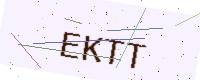
Text: EKTT